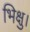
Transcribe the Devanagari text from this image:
भिक्षु।